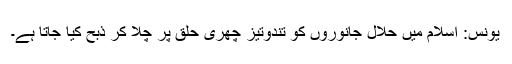
یونس: اسلام میں حلال جانوروں کو تندوتیز چھری حلق پر چلا کر ذبح کیا جاتا ہے۔